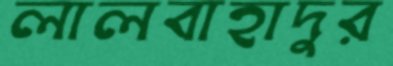
লালবাহাদুর